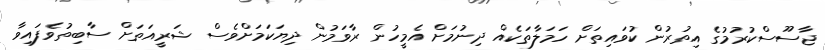
ޖާސޫސްކުރުމުގެ އިތުރުން ކުވައިތަށް ހަމަލާތަކެއް ދިނުމަށް އެމީހުން ރާވަމުން ދިޔަކަމަށްވެސް ޝަރީއަތަށް ސާބިތުވެފައިވާ